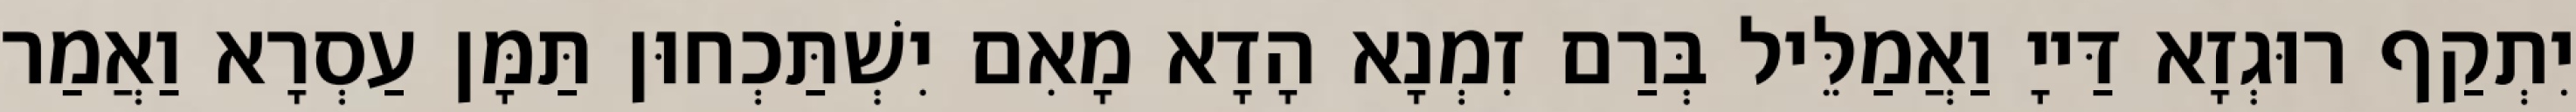
יִתְקַף רוּגְזָא דַּייָ וַאֲמַלֵּיל בְּרַם זִמְנָא הָדָא מָאִם יִשְׁתַּכְחוּן תַּמָּן עַסְרָא וַאֲמַר